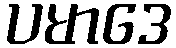
ပမာဒေ